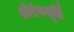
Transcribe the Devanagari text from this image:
श्रीरंगमूर्ति